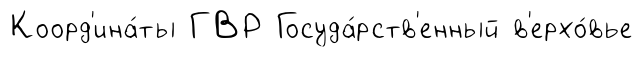
Коорд'ина́ты ГВР Госуда́рств'енный в'ерхо́вье